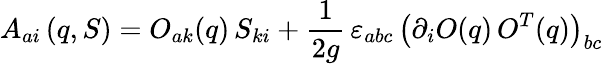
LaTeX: A_{ai}\left(q,S\right)=O_{ak}(q)\, S_{ki}+\frac{1}{2g}\, \varepsilon_{abc}\, \left(\partial_{i}O(q)\, O^{T}(q)\right)_{bc}